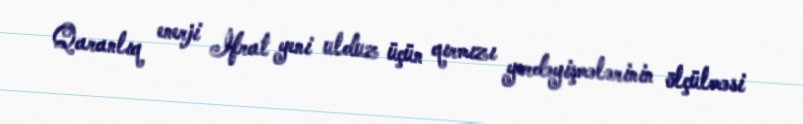
Qaranlıq enerji İfrat yeni ulduz üçün qırmızı yerdəyişmələrinin ölçülməsi